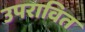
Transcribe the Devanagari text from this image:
उपरावित